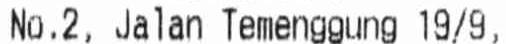
NO.2, JALAN TEMENGGUNG 19/9,